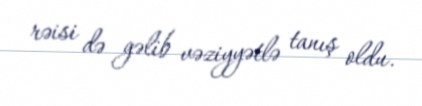
rəisi də gəlib vəziyyətlə tanış oldu.